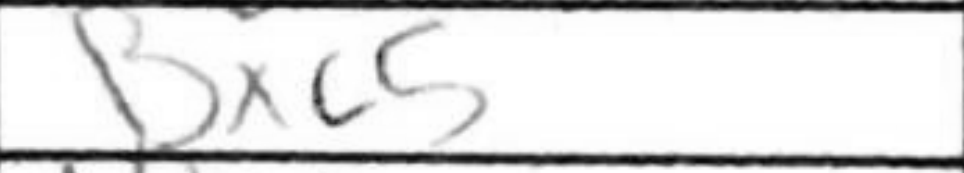
Transcription: Bxc5